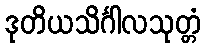
ဒုတိယသိင်္ဂါလသုတ္တံ